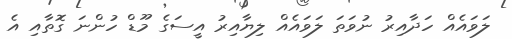
ލަވައެއް ހަދާއިރު ނުވަތަ ލަވައެއް ލިޔާއިރު އީސަގެ މޫޑް ހުންނަ ގޮތާއި އެ